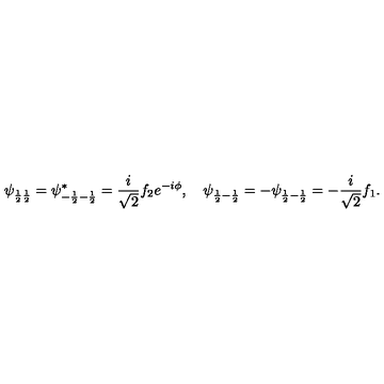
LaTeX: \psi _ { \frac { 1 } { 2 } \frac { 1 } { 2 } } = \psi _ { - \frac { 1 } { 2 } - \frac { 1 } { 2 } } ^ { * } = \frac { i } { \sqrt { 2 } } f _ { 2 } e ^ { - i \phi } , \quad \psi _ { \frac { 1 } { 2 } - \frac { 1 } { 2 } } = - \psi _ { \frac { 1 } { 2 } - \frac { 1 } { 2 } } = - \frac { i } { \sqrt { 2 } } f _ { 1 } .